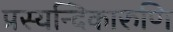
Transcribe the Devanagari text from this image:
प्रस्यन्दिकारुणि